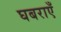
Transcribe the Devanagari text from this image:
घबराएँ